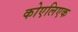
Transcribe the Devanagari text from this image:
कोएलिएक